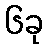
၆ခု